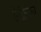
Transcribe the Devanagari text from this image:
ऐफ़्रिका